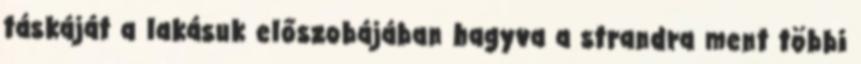
táskáját a lakásuk előszobájában hagyva a strandra ment többi